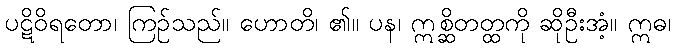
ပဋိဝိရတော၊ ကြဉ်သည်။ ဟောတိ၊ ၏။ ပန၊ ဣစ္ဆိတတ္ထကို ဆိုဦးအံ့။ ဣဓ၊